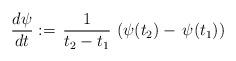
LaTeX: \begin{align*}\frac{d\psi}{dt}:=\,\frac{1}{t_2-t_1}\,\left(\psi(t_2)-\,\psi(t_1)\right)\end{align*}